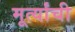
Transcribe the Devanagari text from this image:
मूर्त्यांची